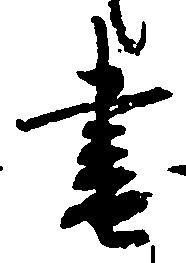
書